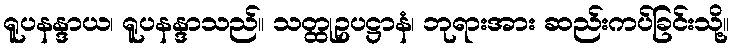
ရူပနန္ဒာယ၊ ရူပနန္ဒာသည်။ သတ္ထုဥပဋ္ဌာနံ၊ ဘုရားအား ဆည်းကပ်ခြင်းသို့။